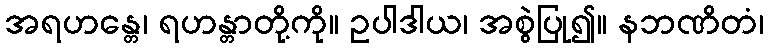
အရဟန္တေ၊ ရဟန္တာတို့ကို။ ဥပါဒါယ၊ အစွဲပြု၍။ နဘဏိတံ၊